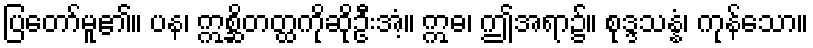
ပြတော်မူ၏။ ပန၊ ဣစ္ဆိတတ္ထကိုဆိုဦးအံ့။ ဣဓ၊ ဤအရာ၌။ စုဒ္ဒသန္နံ၊ ကုန်သော။